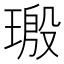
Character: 𬎀